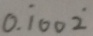
0 . \dot { 1 } 0 0 \dot { 2 }